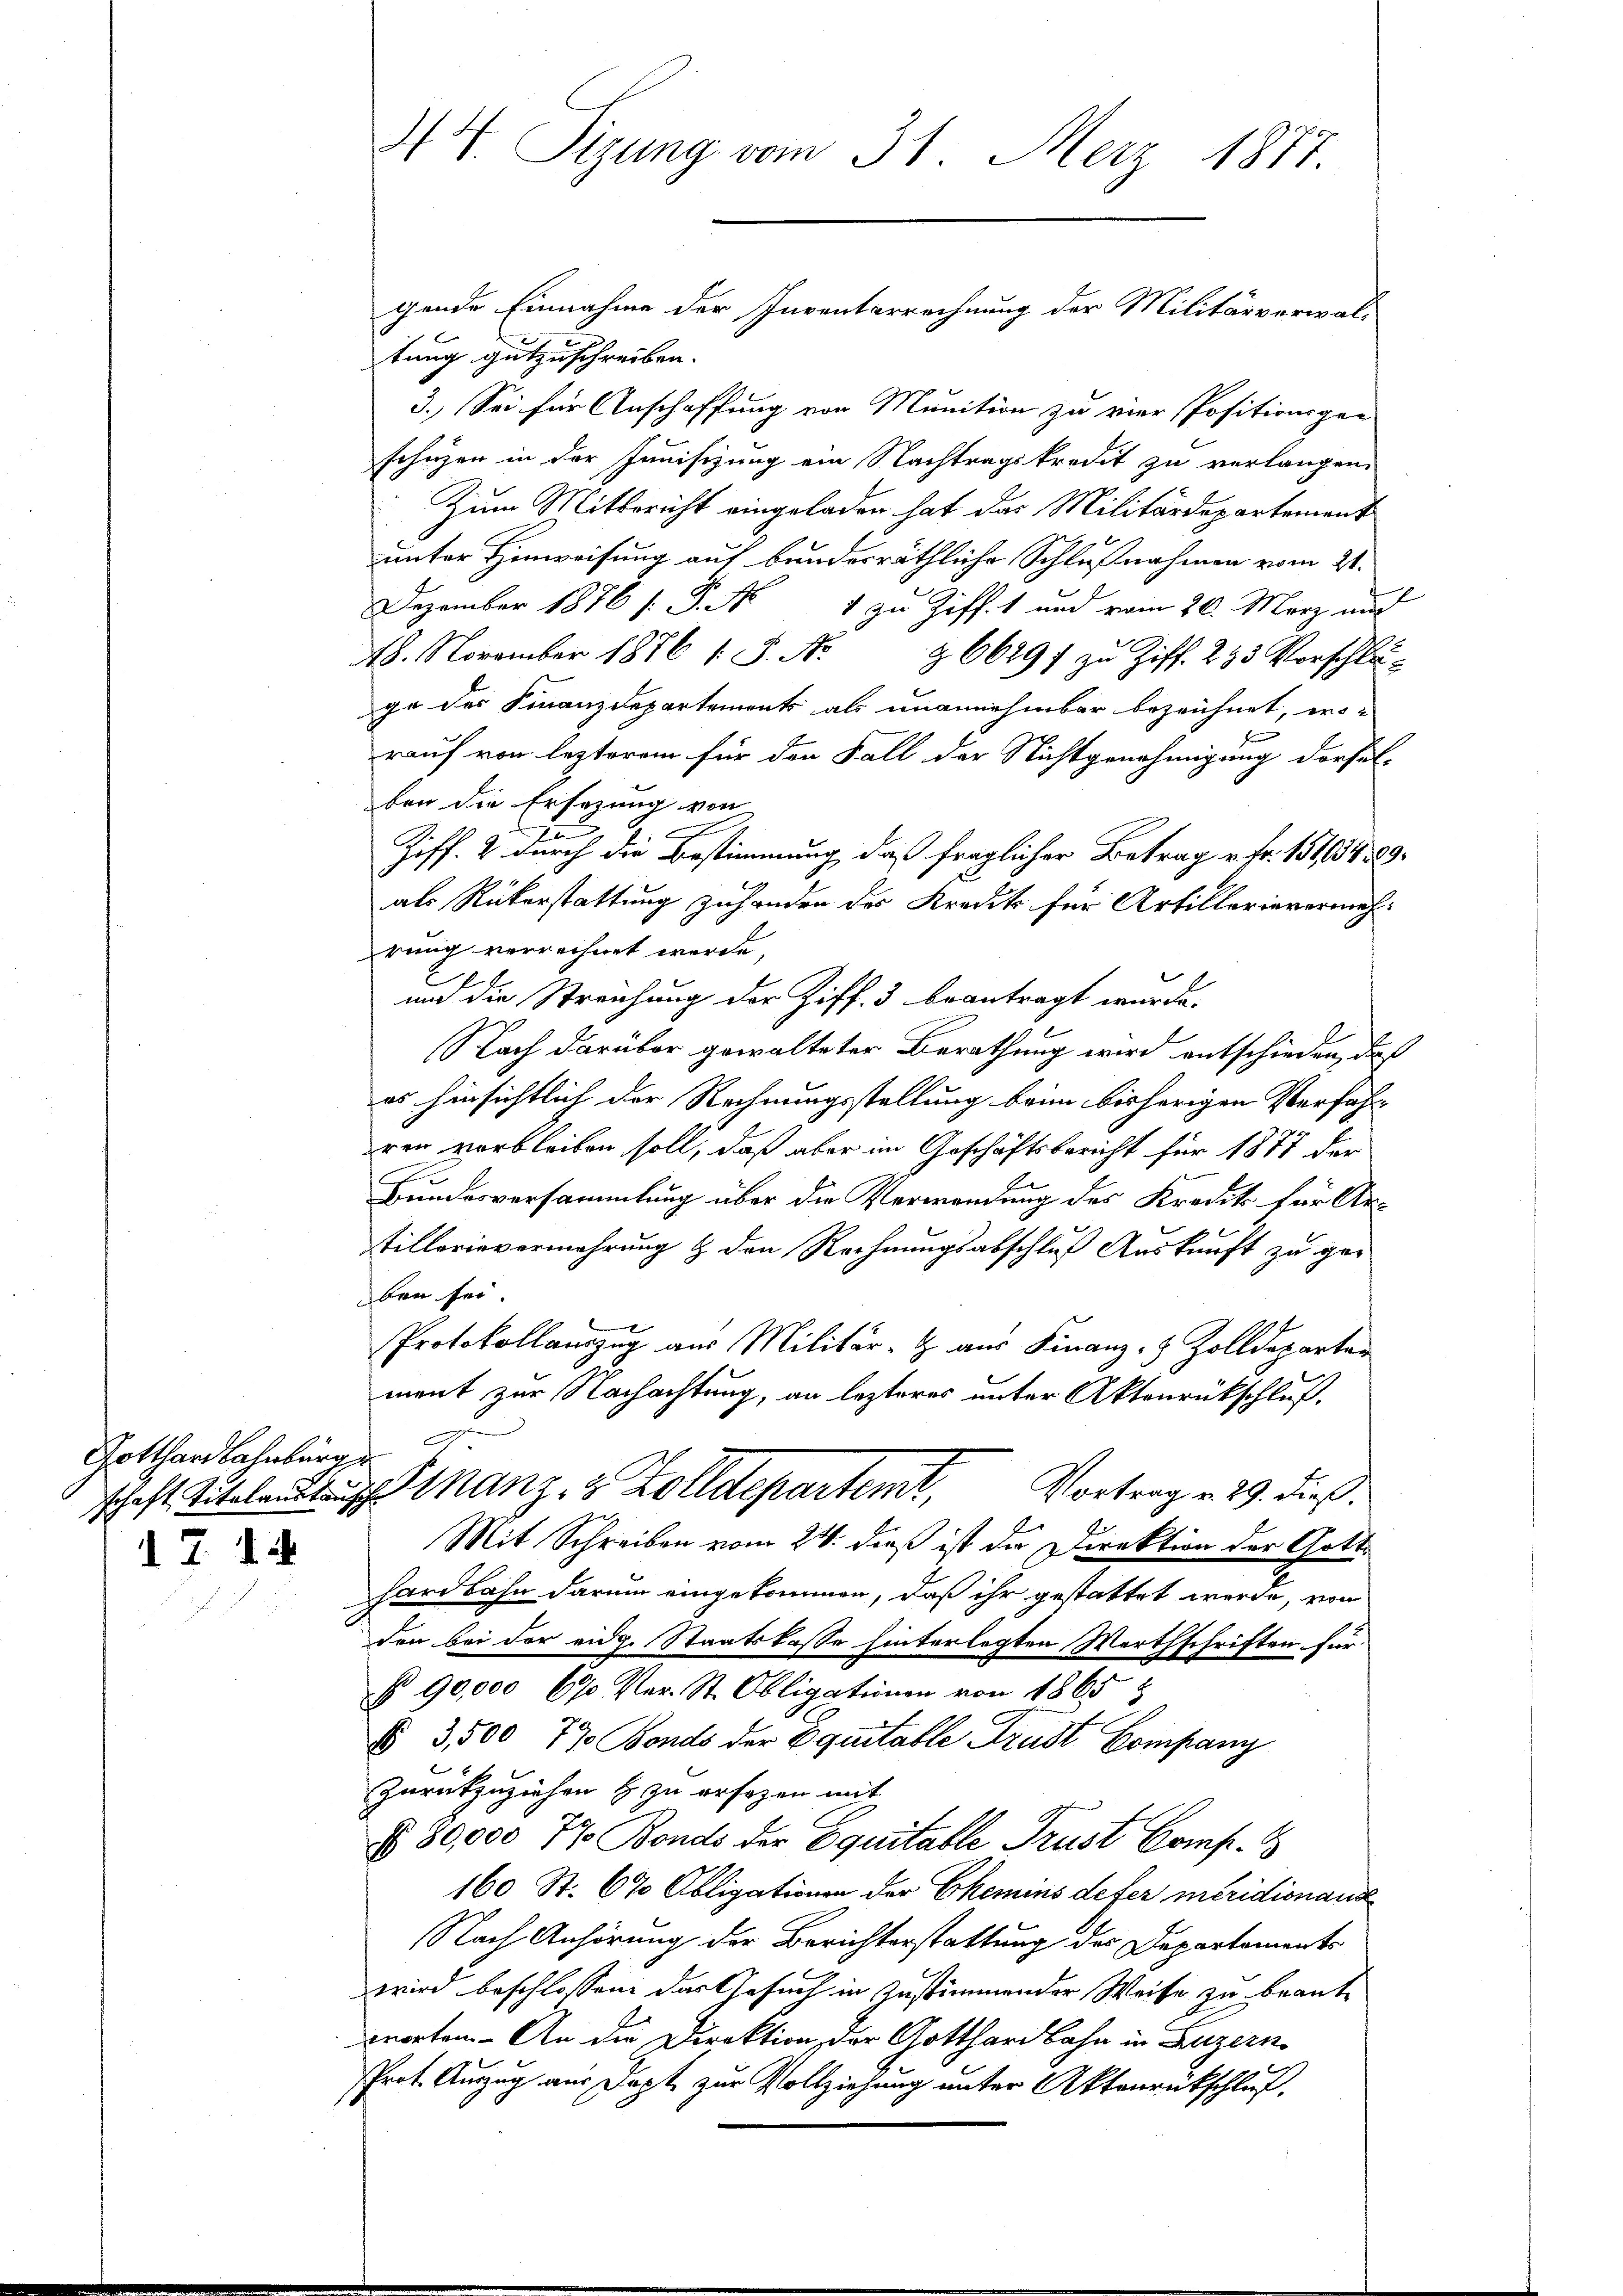
Gotthardbahnburg

17 1

44. Sizung vom 31. Merz 1877.

tung gutzuschreiben. |
3.) Sei für Anschaffung von Munition zu vier Positionsgar-
schüzen in der Junisizung ein Nachtragskredit zu verlangen.
Zum Mitbericht eingeladen hat das Militärdepartement
unter Hinweisung auf bundesräthliche Schlußnahmen vom 21.
DDezember 1876 f. P. Nr. 1 zu Ziff. 1 und vom 20. März und
18. November 1876 1 S. Nr. 266291 zu Ziff. 233 Vorschlu-
ge des Finanzdepartements als unannehmbar bezeichnet, wo-
rauf von lezterem für den Fall der Nichtgenehmigung dersel-
ben die Ersezung von
7
Ziff. 2 durch die Bestimmung, daß fraglicher Betrag u. Fr. 151, 1409.
als Rükerstattung zuhanden des Kredit für Artillerievermehrung verrechnet werde,
und die Streichung der Ziff. 3 beantragt wurde.
Nach darüber gewalteter Berathung wird entschieden, daß
es hinsichtlich der Rechnungsstellung beim bisherigen Verfahr
ren verbleiben soll, daß aber im Geschäftsbericht für 1877 der
Bundesversammlung über die Verwandung des Kredit für Artillerievermehrung & den Rechnungsabschluß Auskunft zu geben sei.
Protokollauszug aus Militär-G aus Finanz- & Zolldeparten
ment zur Nachachtung, an lezteres unter Aktenrückschluß.
schaft Titelandtags inanz- & Zolldepartemt,
Vortrag v. 29. dieß.
Mit Schreiben vom 24. dieß ist der Direktion der Gotthardbahn darum eingekommen, daß ihr gestattet werde, von
den bei der eidg. Staatskasse hinterlegten Werthschriften, für
§ 90,000 670 Ver- St. Obligationen von 1865 8
§ 3,500 77. Bonds der Equitable Krust Company
Zurückzuziehen & zu ersezen mit
No. 80,000 77. Bonds der Equitable Trust Comp. 8
160 St. 67 Obligationen der Ehemins deter meridionand
Nach Anhörung der Berichterstattung des Departements
wird beschlossene das Gesuch in Zustimmender Weise zu beantworten. - An die Direktion, der Gotthardbahn in Luzern
Prot. Auszug aus Dapt zur Vollziehung unter Aktenrückschluß.

gende Einnahme der Inventarrechnung der Militärverwal¬